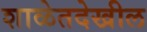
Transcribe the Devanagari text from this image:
शाळेतदेखील